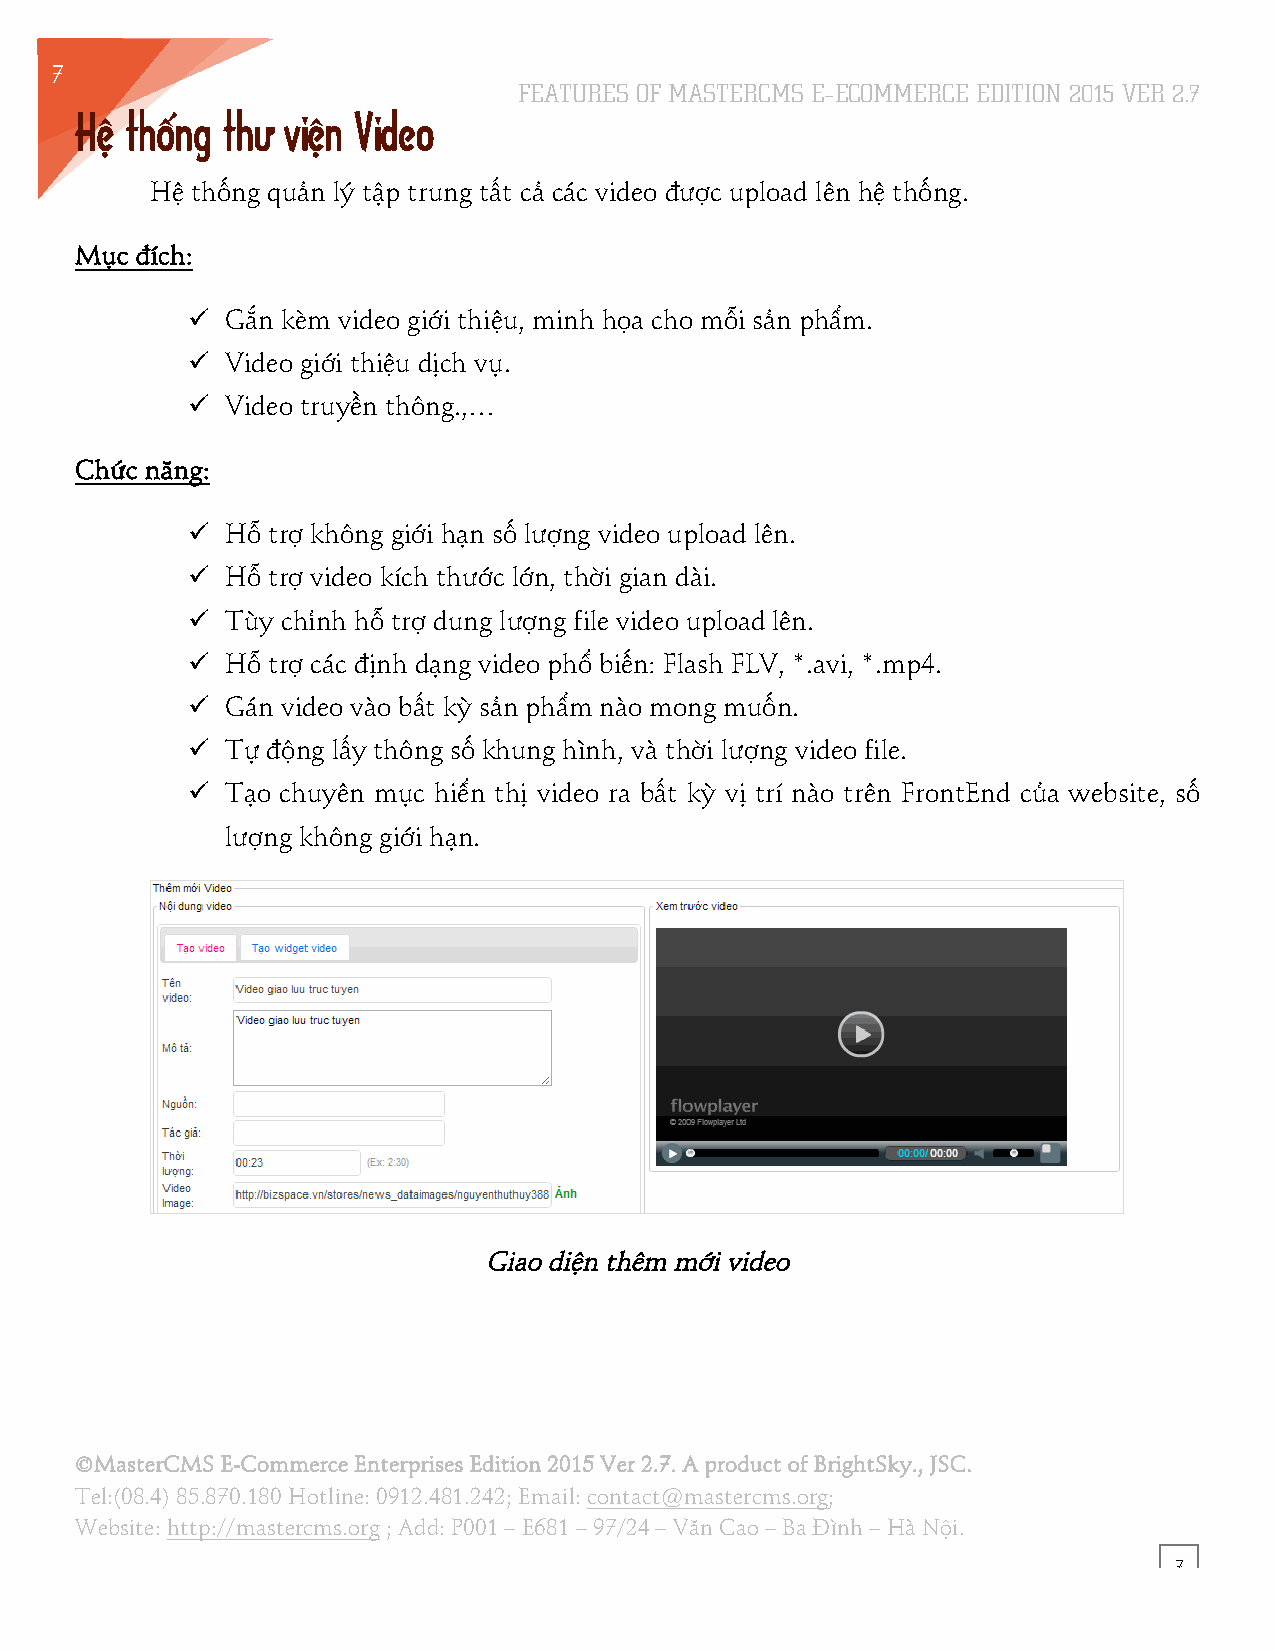
7
 FEATURES OF MASTERCMS E–ECOMMERCE EDITION 2015 VER 2.7
 5
 Hệ thống  thư viện Video
 Hệ thống quản lý tập trung tất cả các video được upload lên hệ thống.
 Mục đích:
 !! Gắn kèm video giới thiệu, minh họa cho mỗi sản phẩm.
 !! Video giới thiệu dịch vụ.
 !! Video truyền thông.,…
 Chức năng:
 !! Hỗ trợ không giới hạn số lượng video upload lên.
 !! Hỗ trợ video kích thước lớn, thời gian dài.
 !! Tùy chỉnh hỗ trợ dung lượng file video upload lên.
 !! Hỗ trợ các định dạng video phổ biến: Flash FLV, *.avi, *.mp4.
 !! Gán video vào bất kỳ sản phẩm nào mong muốn.
 !! Tự động lấy thông số khung hình, và thời lượng video file.
 !! Tạo chuyên mục hiển thị video ra bất kỳ vị trí nào trên FrontEnd của website, số
 lượng không giới hạn.
 Giao diện thêm mới video
 ©MasterCMS E-Commerce Enterprises Edition 2015 Ver 2.7. A product of BrightSky., JSC.
 Tel:(08.4) 85.870.180 Hotline: 0912.481.242; Email: contact@mastercms.org;
 Website: http://mastercms.org ; Add: P001 – E681 – 97/24 – Văn Cao – Ba Đình – Hà Nội.
 7